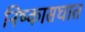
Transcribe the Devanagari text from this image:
निष्कासघात